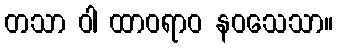
တသာ ဝါ ထာဝရာဝ နဝသေသာ။